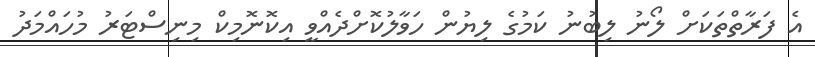
އެ ފަރާތްތަކަށް ލޯނު ލިބުނު ކަމުގެ ލިޔުން ހަވާލުކޮށްދެއްވީ އިކޮނޮމިކް މިނިސްޓަރު މުހައްމަދު